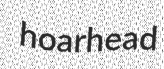
hoarhead